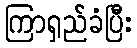
ကြာရှည်ခံပြီး